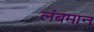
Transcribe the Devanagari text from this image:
लंबमान